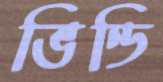
ভিন্ডি